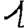
Digit: 1